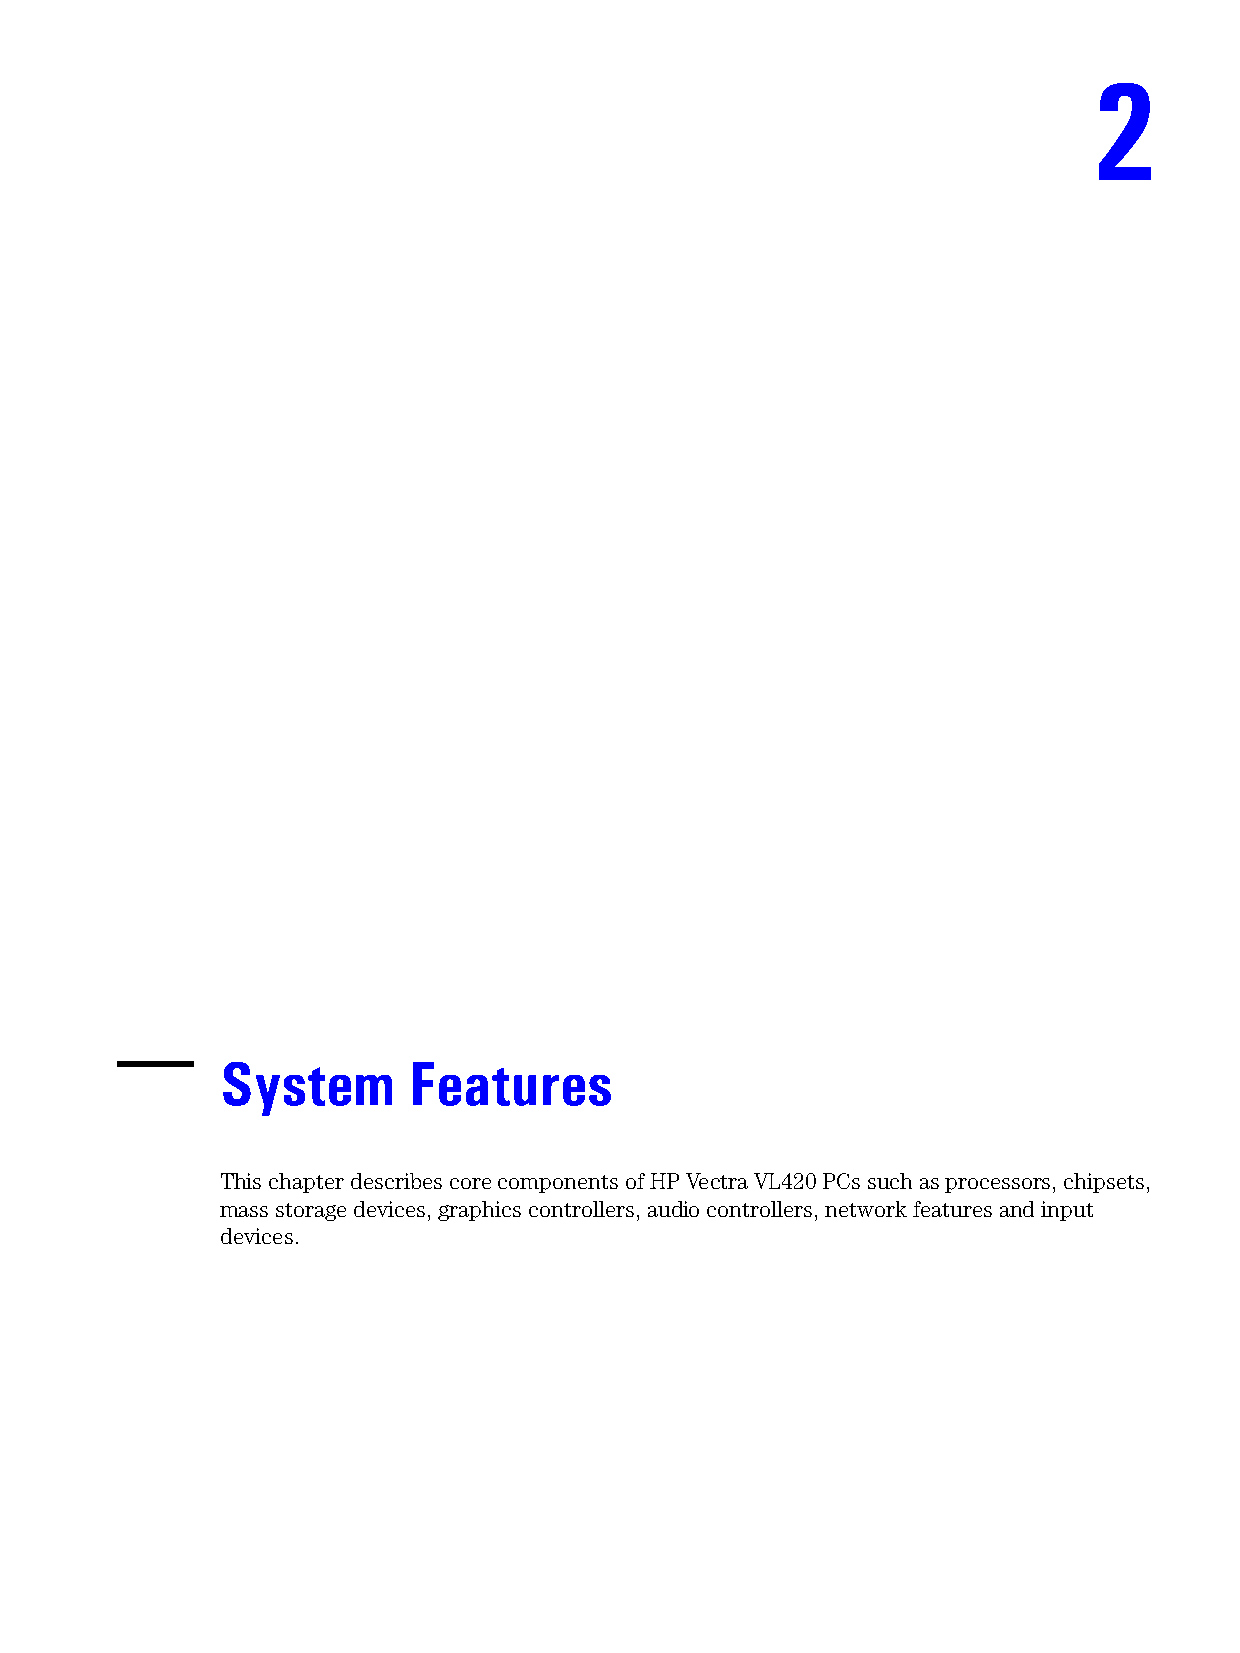
2
 System      Features
 This chapter describes core components of HP Vectra VL420 PCs such as processors, chipsets,
 mass storage devices, graphics controllers, audio controllers, network features and input
 devices.